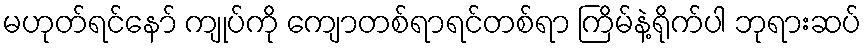
မဟုတ်ရင်နော် ကျုပ်ကို ကျောတစ်ရာရင်တစ်ရာ ကြိမ်နဲ့ရိုက်ပါ ဘုရားဆပ်